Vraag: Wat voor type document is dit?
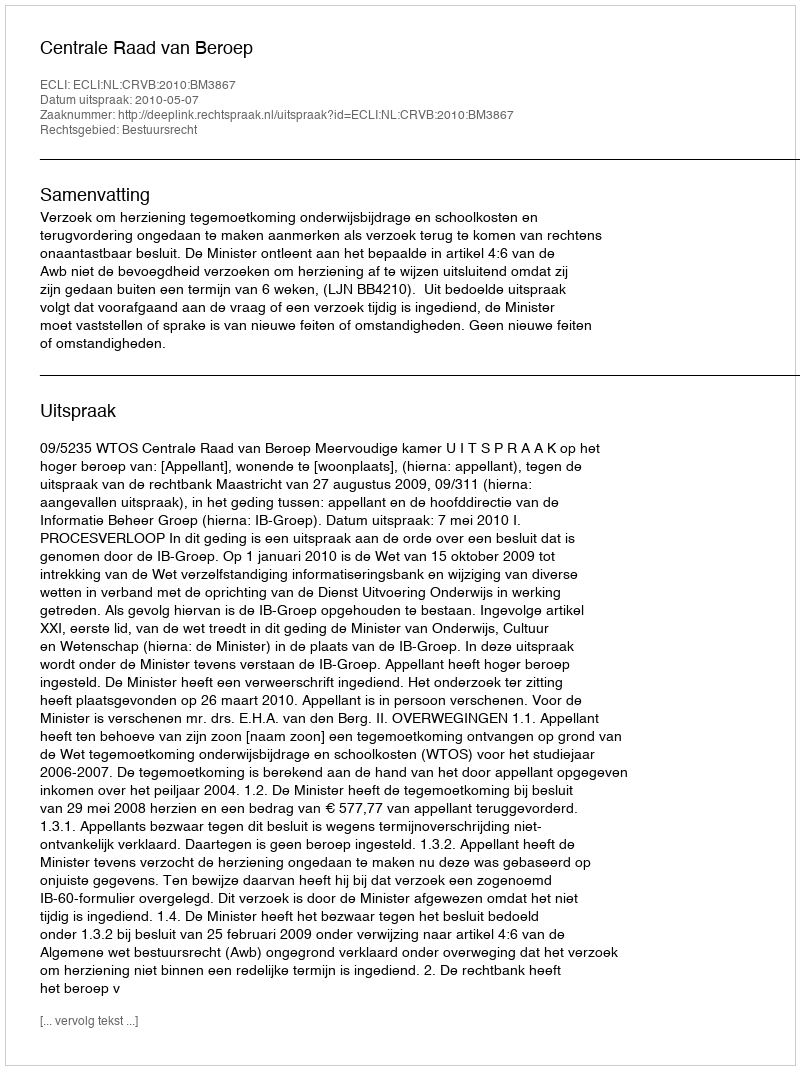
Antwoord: Uitspraak